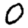
Digit: 0